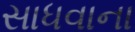
સાધવાના